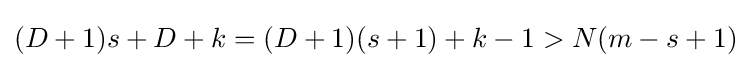
(D+1)s+D+k=(D+1)(s+1)+k-1>N(m-s+1)